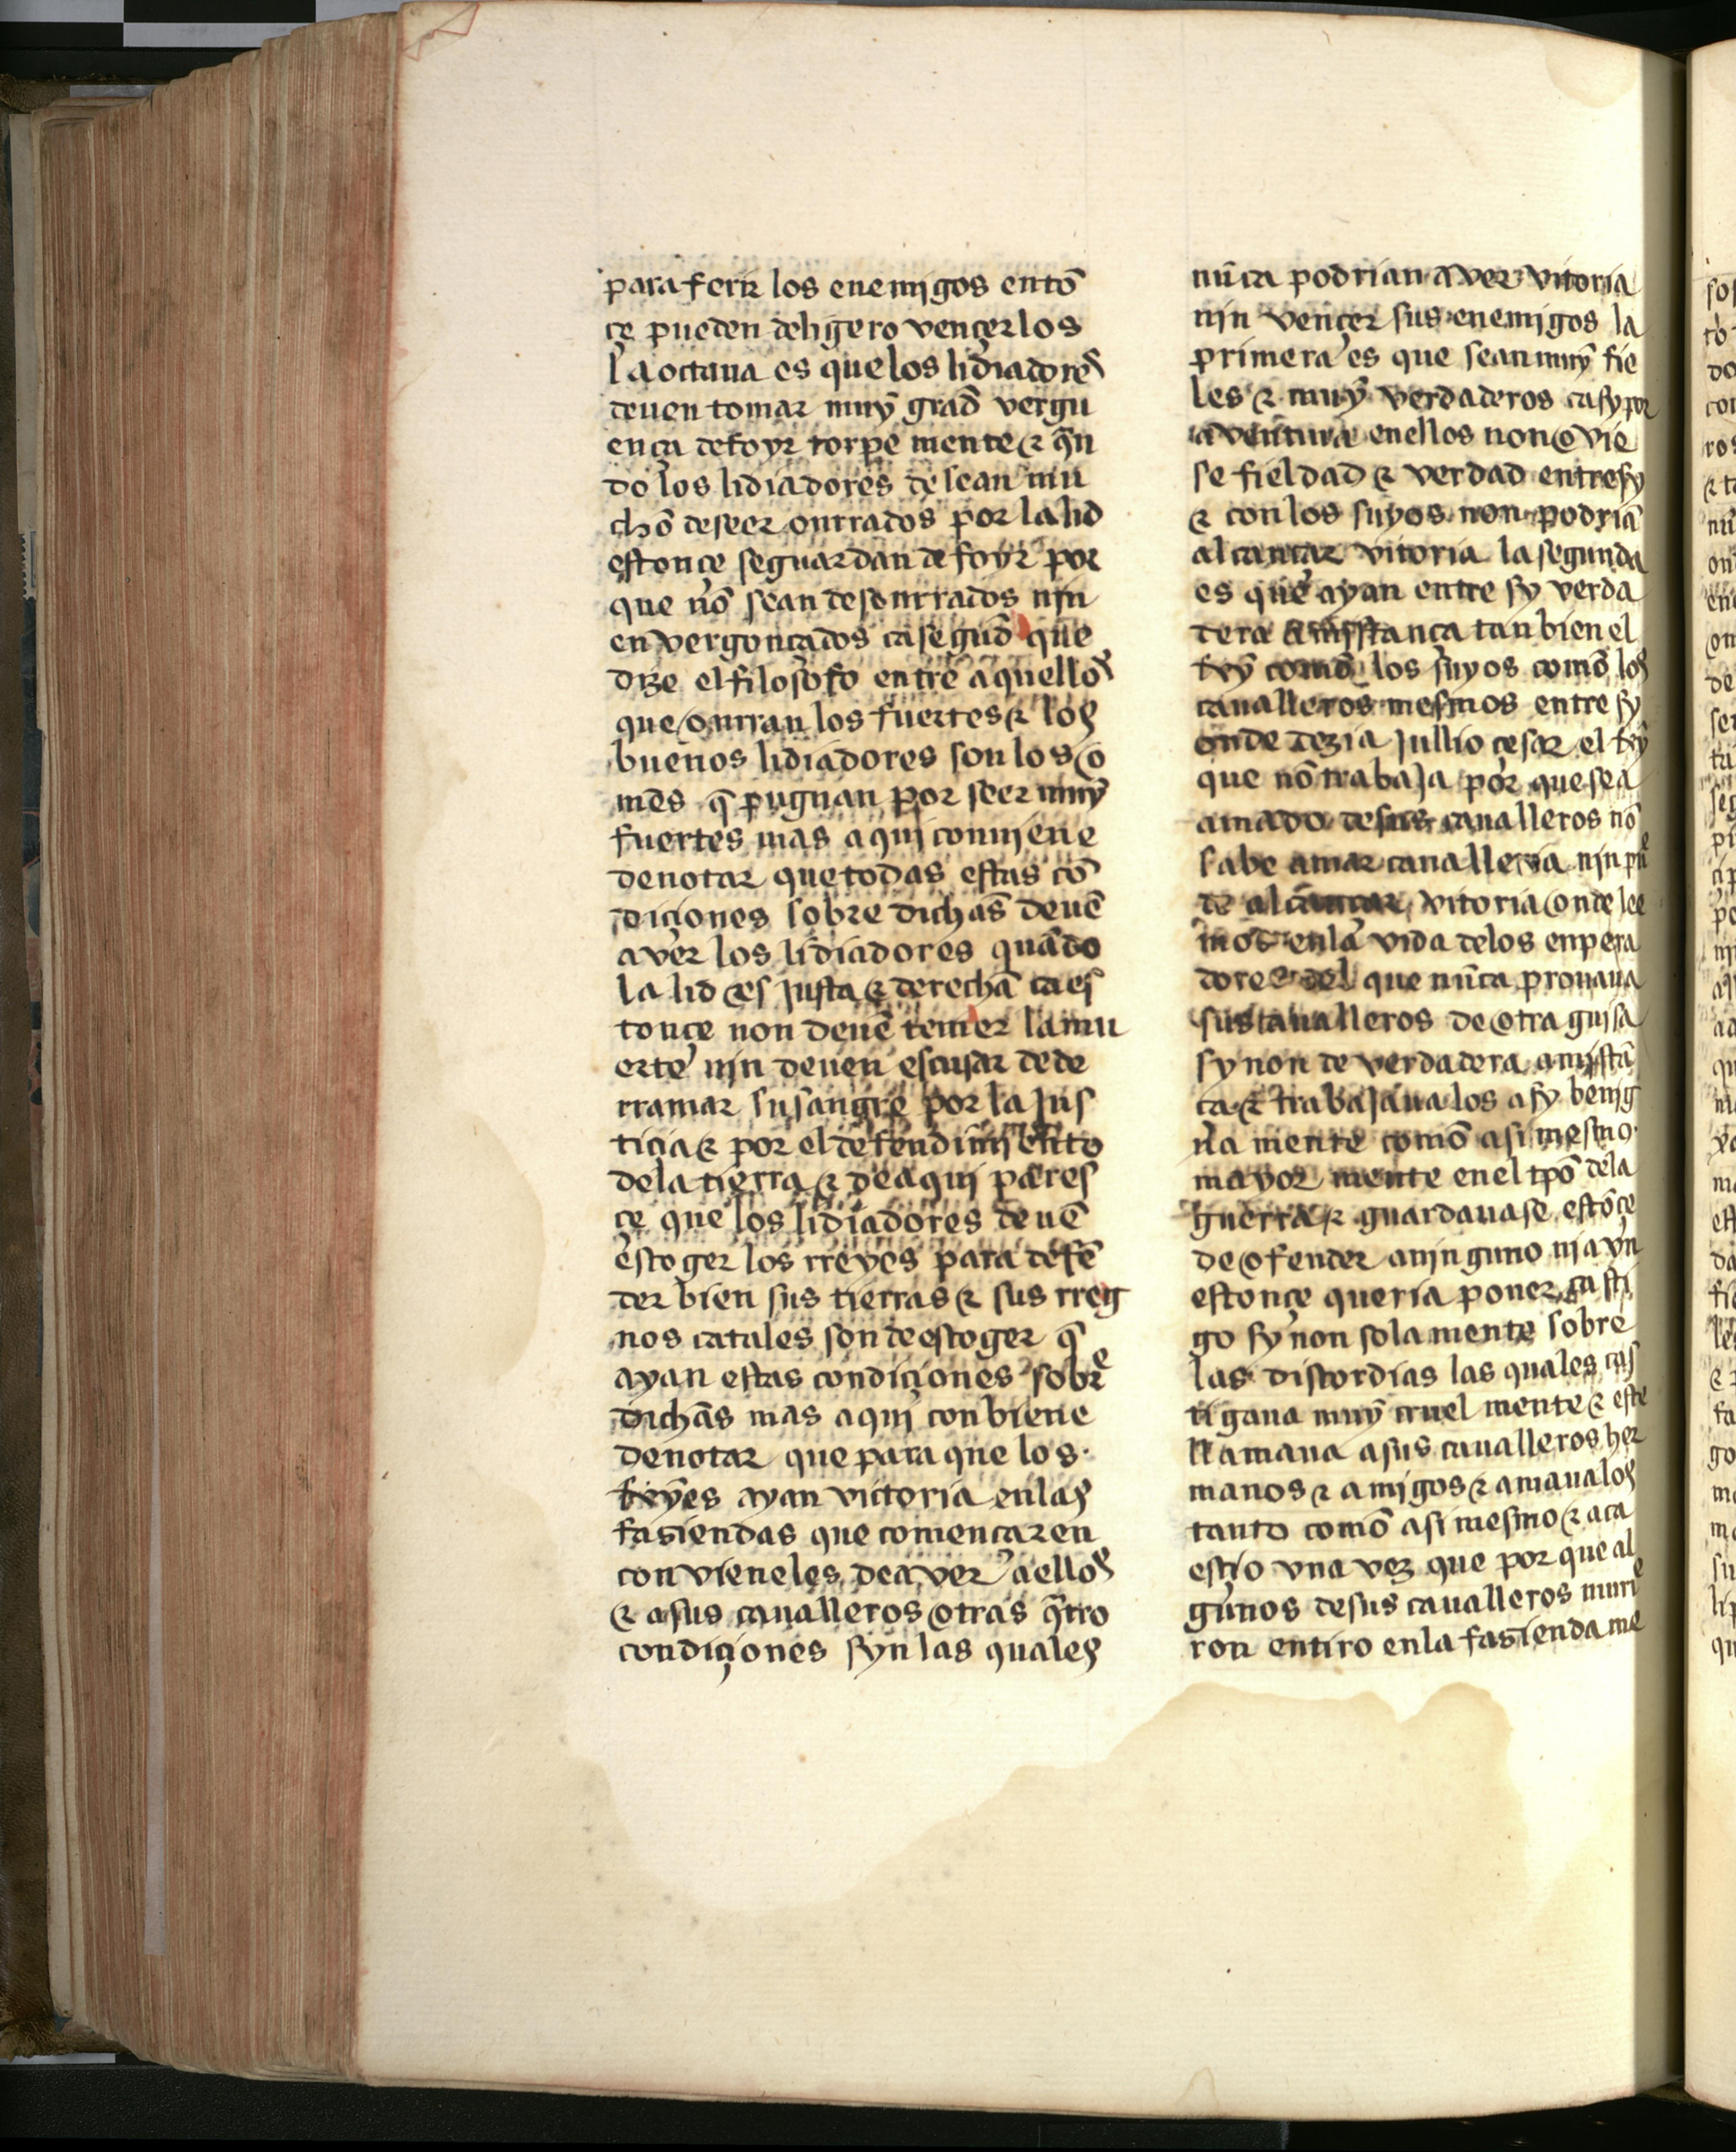
Shelfmark: Salamanca, Biblioteca Histórica USAL, 2709
Century: 15